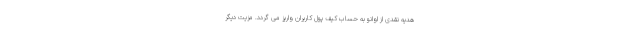
هدیه نقدی از اوانو به حساب کیف پول کاربران واریز می گردد. مزیت دیگر